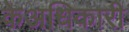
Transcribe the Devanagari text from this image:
केअधिकारी